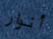
أنوار